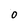
Character: 0